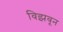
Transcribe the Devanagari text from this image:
विझवून